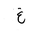
Letter: _gayn